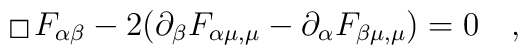
{\,\lower0.9pt\vbox{\hrule \hbox{\vrule height 0.2 cm\hskip 0.2 cm \vrule height 0.2cm}\hrule}\,}F_{\alpha\beta}-2(\partial_{\beta}F_{\alpha\mu,\mu}-\partial_{\alpha}F_{\beta\mu,\mu})=0 \quad,